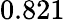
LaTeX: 0.821